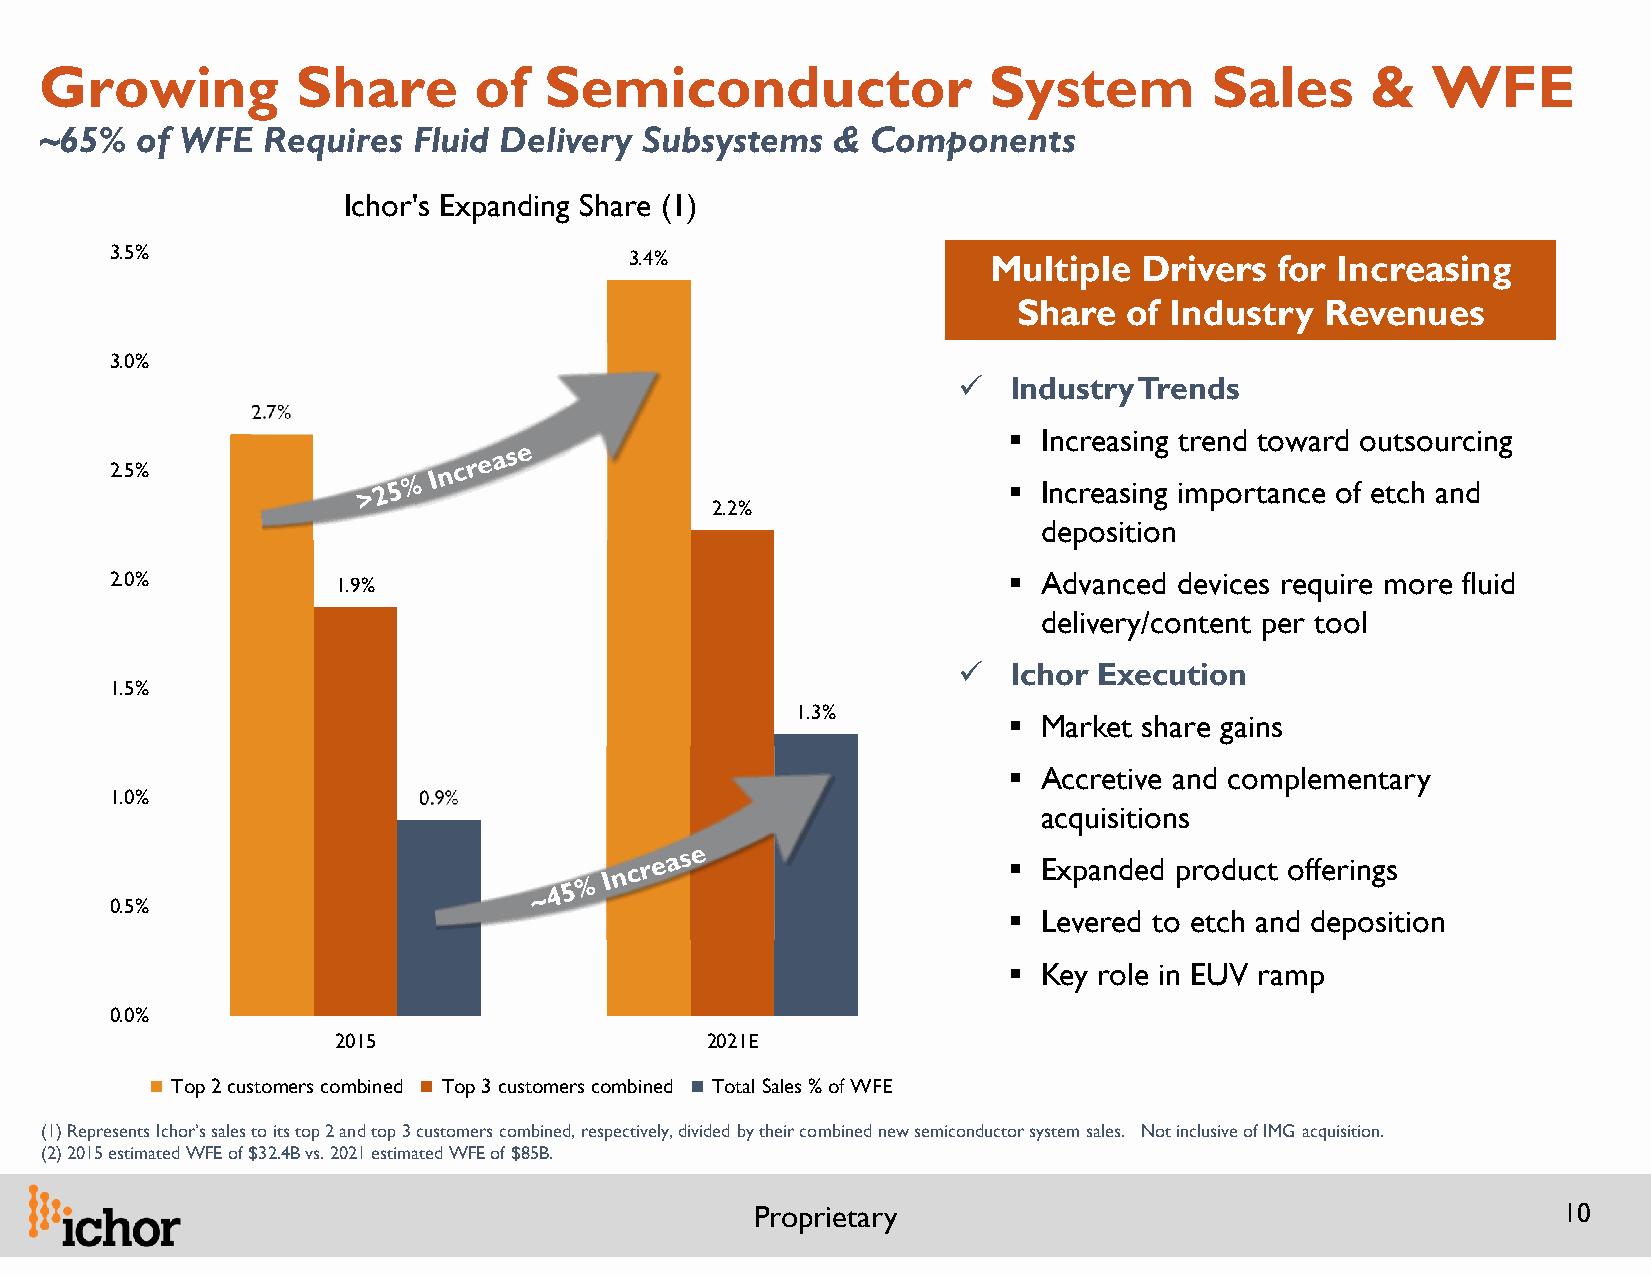
Growing          Share      of   Semiconductor                System         Sales      &   WFE
 ~65%  of WFE  Requires  Fluid Delivery  Subsystems  &  Components
 Ichor's Expanding Share (1)
 3.5%                               3.4%                    Multiple  Drivers  for Increasing
 Share   of Industry  Revenues
 3.0%
    Industry Trends
 2.7%
  Increasing trend toward outsourcing
 2.5%
  Increasing importance of etch and
 2.2%
 deposition
 2.0%           1.9%                                          Advanced devices require more fluid
 delivery/content per tool
    Ichor Execution
 1.5%
 1.3%
  Market share gains
  Accretive and complementary
 1.0%                 0.9%
 acquisitions
  Expanded product offerings
 0.5%
  Levered to etch and deposition
  Key role in EUV ramp
 0.0%
 2015                     2021E
 Top 2 customers combined Top 3 customers combined Total Sales % of WFE
 (1) Represents Ichor’s sales to its top 2 and top 3 customers combined, respectively, divided by their combined new semiconductor system sales. Not inclusive of IMG acquisition.
 (2) 2015 estimated WFE of $32.4B vs. 2021 estimated WFE of $85B.
 Proprietary                                          10